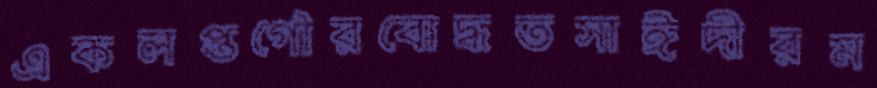
একলপ্তগৌরবোদ্ধতসাঈদীরম